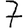
Digit: 7